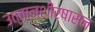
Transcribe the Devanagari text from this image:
उत्तानशीर्षासन